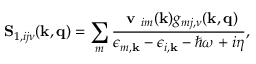
\mathbf { S } _ { 1 , i j \nu } ( \mathbf { k , \mathbf { q } } ) = \sum _ { m } \frac { \textbf { v } _ { i m } ( \mathbf { k } ) g _ { m j , \nu } ( \mathbf { k , q } ) } { \epsilon _ { m , \mathbf { k } } - \epsilon _ { i , \mathbf { k } } - \hbar \omega + i \eta } ,